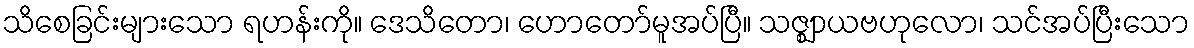
သိစေခြင်းများသော ရဟန်းကို။ ဒေသိတော၊ ဟောတော်မူအပ်ပြီ။ သဇ္ဈာယဗဟုလော၊ သင်အပ်ပြီးသော